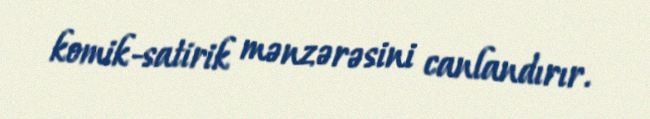
komik-satirik mənzərəsini canlandırır.